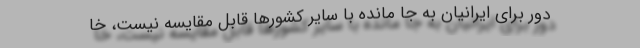
دور برای ایرانیان به جا مانده با سایر کشورها قابل مقایسه نیست، خا